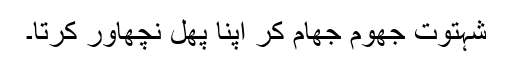
شہتوت جھوم جھام کر اپنا پھل نچھاور کرتا۔